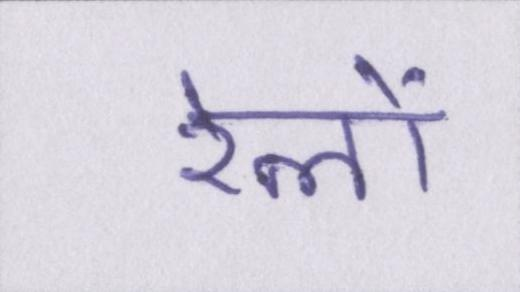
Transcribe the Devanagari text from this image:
रेलों